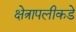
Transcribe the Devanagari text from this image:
क्षेत्रापलीकडे